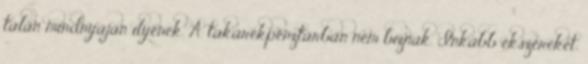
talán mindnyájan ilyenek. A takarékpénztárban nem bíznak. Inkább ékszereket,